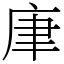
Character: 㡽